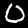
Label: 0